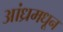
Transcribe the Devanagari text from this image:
आंध्रमधून